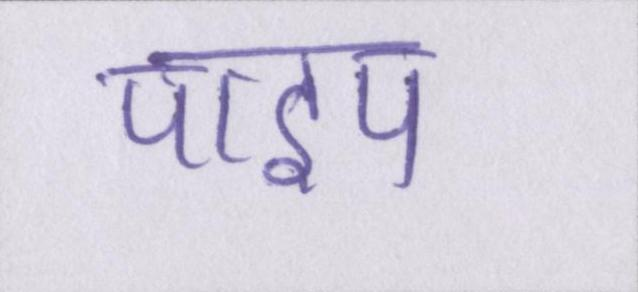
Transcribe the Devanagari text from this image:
पाइप